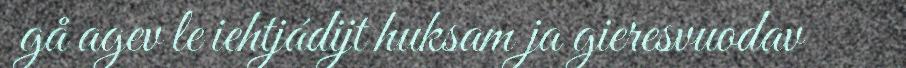
gå agev le iehtjádijt huksam ja gieresvuodav